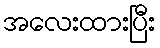
အလေးထားပြီး